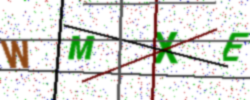
Text: WMXE